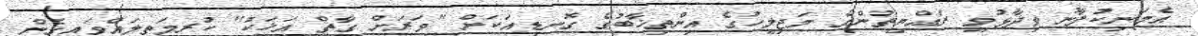
އެމަނިކުފާނު ވިދާޅުވީ ރައްޔިތުންގެ މަޖިލީހުގެ އިންތިޚާބުގެ ގޮނޑިއަކަށް "ވަރަށް ގާތް އަޚަކު" ކުރިމަތިލައްވައިގެން